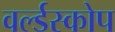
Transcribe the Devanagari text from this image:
वर्ल्डस्कोप